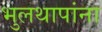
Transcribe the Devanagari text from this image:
भुलथापांना